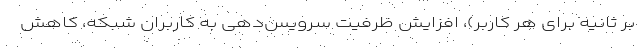
بر ثانیه برای هر کاربر)، افزایش ظرفیت سرویس‌دهی به کاربران شبکه، کاهش